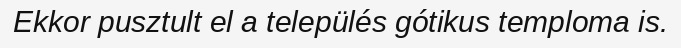
Ekkor pusztult el a település gótikus temploma is.